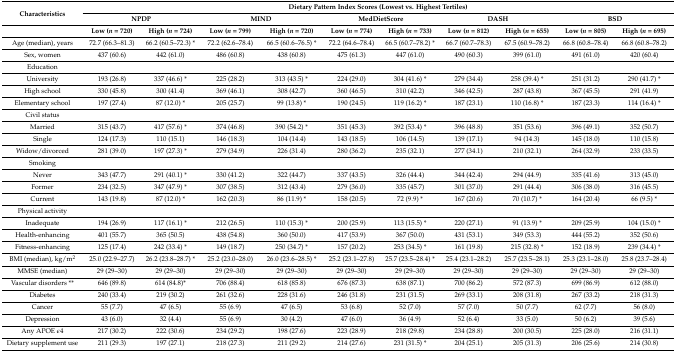
<table><thead><tr><td rowspan="2"><b>Characteristics</b></td><td colspan="10"><b>Dietary Pattern Index Scores (Lowest vs. Highest Tertiles)</b></td></tr><tr><td colspan="2"><b>NPDP</b></td><td colspan="2"><b>MIND</b></td><td colspan="2"><b>MedDietScore</b></td><td colspan="2"><b>DASH</b></td><td colspan="2"><b>BSD</b></td></tr><tr><td></td><td><b>Low (<i>n</i> = 720)</b></td><td><b>High (<i>n</i> = 724)</b></td><td><b>Low (<i>n</i> = 799)</b></td><td><b>High (<i>n</i> = 720)</b></td><td><b>Low (<i>n</i> = 774)</b></td><td><b>High (<i>n</i> = 733)</b></td><td><b>Low (<i>n</i> = 812)</b></td><td><b>High (<i>n</i> = 655)</b></td><td><b>Low (<i>n</i> = 805)</b></td><td><b>High (<i>n</i> = 695)</b></td></tr></thead><tbody><tr><td>Age (median), years</td><td>72.7 (66.3–81.3)</td><td>66.2 (60.5–72.3) *</td><td>72.2 (62.6–78.4)</td><td>66.5 (60.6–76.5) *</td><td>72.2 (64.6–78.4)</td><td>66.5 (60.7–78.2) *</td><td>66.7 (60.7–78.3)</td><td>67.5 (60.9–78.2)</td><td>66.8 (60.8–78.4)</td><td>66.8 (60.8–78.2)</td></tr><tr><td>Sex, women</td><td>437 (60.6)</td><td>442 (61.0)</td><td>486 (60.8)</td><td>438 (60.8)</td><td>475 (61.3)</td><td>447 (61.0)</td><td>490 (60.3)</td><td>399 (61.0)</td><td>491 (61.0)</td><td>420 (60.4)</td></tr><tr><td>Education</td><td></td><td></td><td></td><td></td><td></td><td></td><td></td><td></td><td></td><td></td></tr><tr><td>University</td><td>193 (26.8)</td><td>337 (46.6) *</td><td>225 (28.2)</td><td>313 (43.5) *</td><td>224 (29.0)</td><td>304 (41.6) *</td><td>279 (34.4)</td><td>258 (39.4) *</td><td>251 (31.2)</td><td>290 (41.7) *</td></tr><tr><td>High school</td><td>330 (45.8)</td><td>300 (41.4)</td><td>369 (46.1)</td><td>308 (42.7)</td><td>360 (46.5)</td><td>310 (42.2)</td><td>346 (42.5)</td><td>287 (43.8)</td><td>367 (45.5)</td><td>291 (41.9)</td></tr><tr><td>Elementary school</td><td>197 (27.4)</td><td>87 (12.0) *</td><td>205 (25.7)</td><td>99 (13.8) *</td><td>190 (24.5)</td><td>119 (16.2) *</td><td>187 (23.1)</td><td>110 (16.8) *</td><td>187 (23.3)</td><td>114 (16.4) *</td></tr><tr><td>Civil status</td><td></td><td></td><td></td><td></td><td></td><td></td><td></td><td></td><td></td><td></td></tr><tr><td>Married</td><td>315 (43.7)</td><td>417 (57.6) *</td><td>374 (46.8)</td><td>390 (54.2) *</td><td>351 (45.3)</td><td>392 (53.4) *</td><td>396 (48.8)</td><td>351 (53.6)</td><td>396 (49.1)</td><td>352 (50.7)</td></tr><tr><td>Single</td><td>124 (17.3)</td><td>110 (15.1)</td><td>146 (18.3)</td><td>104 (14.4)</td><td>143 (18.5)</td><td>106 (14.5)</td><td>139 (17.1)</td><td>94 (14.3)</td><td>145 (18.0)</td><td>110 (15.8)</td></tr><tr><td>Widow/divorced</td><td>281 (39.0)</td><td>197 (27.3) *</td><td>279 (34.9)</td><td>226 (31.4)</td><td>280 (36.2)</td><td>235 (32.1)</td><td>277 (34.1)</td><td>210 (32.1)</td><td>264 (32.9)</td><td>233 (33.5)</td></tr><tr><td>Smoking</td><td></td><td></td><td></td><td></td><td></td><td></td><td></td><td></td><td></td><td></td></tr><tr><td>Never</td><td>343 (47.7)</td><td>291 (40.1) *</td><td>330 (41.2)</td><td>322 (44.7)</td><td>337 (43.5)</td><td>326 (44.4)</td><td>344 (42.4)</td><td>294 (44.9)</td><td>335 (41.6)</td><td>313 (45.0)</td></tr><tr><td>Former</td><td>234 (32.5)</td><td>347 (47.9) *</td><td>307 (38.5)</td><td>312 (43.4)</td><td>279 (36.0)</td><td>335 (45.7)</td><td>301 (37.0)</td><td>291 (44.4)</td><td>306 (38.0)</td><td>316 (45.5)</td></tr><tr><td>Current</td><td>143 (19.8)</td><td>87 (12.0) *</td><td>162 (20.3)</td><td>86 (11.9) *</td><td>158 (20.5)</td><td>72 (9.9) *</td><td>167 (20.6)</td><td>70 (10.7) *</td><td>164 (20.4)</td><td>66 (9.5) *</td></tr><tr><td>Physical activity</td><td></td><td></td><td></td><td></td><td></td><td></td><td></td><td></td><td></td><td></td></tr><tr><td>Inadequate</td><td>194 (26.9)</td><td>117 (16.1) *</td><td>212 (26.5)</td><td>110 (15.3) *</td><td>200 (25.9)</td><td>113 (15.5) *</td><td>220 (27.1)</td><td>91 (13.9) *</td><td>209 (25.9)</td><td>104 (15.0) *</td></tr><tr><td>Health-enhancing</td><td>401 (55.7)</td><td>365 (50.5)</td><td>438 (54.8)</td><td>360 (50.0)</td><td>417 (53.9)</td><td>367 (50.0)</td><td>431 (53.1)</td><td>349 (53.3)</td><td>444 (55.2)</td><td>352 (50.6)</td></tr><tr><td>Fitness-enhancing</td><td>125 (17.4)</td><td>242 (33.4) *</td><td>149 (18.7)</td><td>250 (34.7) *</td><td>157 (20.2)</td><td>253 (34.5) *</td><td>161 (19.8)</td><td>215 (32.8) *</td><td>152 (18.9)</td><td>239 (34.4) *</td></tr><tr><td>BMI (median), kg/m<sup>2</sup></td><td>25.0 (22.9–27.7)</td><td>26.2 (23.8–28.7) *</td><td>25.2 (23.0–28.0)</td><td>26.0 (23.6–28.5) *</td><td>25.2 (23.1–27.8)</td><td>25.7 (23.5–28.4) *</td><td>25.4 (23.1–28.2)</td><td>25.7 (23.5–28.1)</td><td>25.3 (23.1–28.0)</td><td>25.8 (23.7–28.4)</td></tr><tr><td>MMSE (median)</td><td>29 (29–30)</td><td>29 (29–30)</td><td>29 (29–30)</td><td>29 (29–30)</td><td>29 (29–30)</td><td>29 (29–30)</td><td>29 (29–30)</td><td>29 (29–30)</td><td>29 (29–30)</td><td>29 (29–30)</td></tr><tr><td>Vascular disorders **</td><td>646 (89.8)</td><td>614 (84.8)*</td><td>706 (88.4)</td><td>618 (85.8)</td><td>676 (87.3)</td><td>638 (87.1)</td><td>700 (86.2)</td><td>572 (87.3)</td><td>699 (86.9)</td><td>612 (88.0)</td></tr><tr><td>Diabetes</td><td>240 (33.4)</td><td>219 (30.2)</td><td>261 (32.6)</td><td>228 (31.6)</td><td>246 (31.8)</td><td>231 (31.5)</td><td>269 (33.1)</td><td>208 (31.8)</td><td>267 (33.2)</td><td>218 (31.3)</td></tr><tr><td>Cancer</td><td>55 (7.7)</td><td>47 (6.5)</td><td>55 (6.9)</td><td>47 (6.5)</td><td>53 (6.8)</td><td>52 (7.0)</td><td>57 (7.0)</td><td>50 (7.7)</td><td>62 (7.7)</td><td>56 (8.0)</td></tr><tr><td>Depression</td><td>43 (6.0)</td><td>32 (4.4)</td><td>55 (6.9)</td><td>30 (4.2)</td><td>47 (6.0)</td><td>36 (4.9)</td><td>52 (6.4)</td><td>33 (5.0)</td><td>50 (6.2)</td><td>39 (5.6)</td></tr><tr><td>Any APOE ɛ4</td><td>217 (30.2)</td><td>222 (30.6)</td><td>234 (29.2)</td><td>198 (27.6)</td><td>223 (28.9)</td><td>218 (29.8)</td><td>234 (28.8)</td><td>200 (30.5)</td><td>225 (28.0)</td><td>216 (31.1)</td></tr><tr><td>Dietary supplement use</td><td>211 (29.3)</td><td>197 (27.1)</td><td>218 (27.3)</td><td>211 (29.2)</td><td>214 (27.6)</td><td>231 (31.5) *</td><td>204 (25.1)</td><td>205 (31.3)</td><td>206 (25.6)</td><td>214 (30.8)</td></tr></tbody></table>